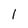
Character: l